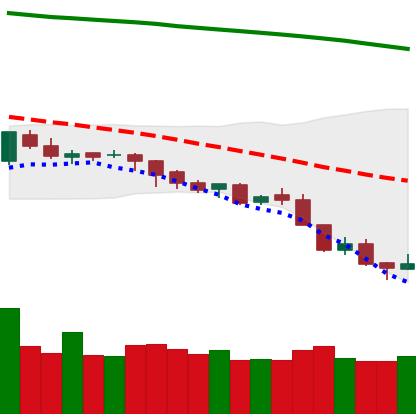
Ticker: LTC-USD
Chart end date: 2018-08-12
Forward return: 3.685%
Label: up_3_5